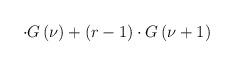
LaTeX: \begin{align*}\cdot G\left( \nu \right) +\left( r-1\right) \cdot G\left( \nu +1\right)\end{align*}